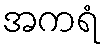
အကရံ